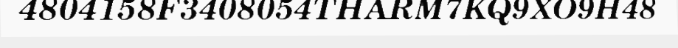
4804158F3408054THARM7KQ9XO9H48